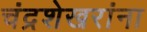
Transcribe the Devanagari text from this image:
चंद्रशेखरांना